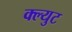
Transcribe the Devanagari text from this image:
क्ल्युट